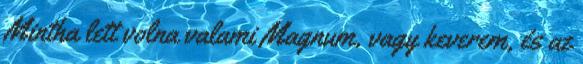
Mintha lett volna valami Magnum, vagy keverem, és az